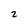
Character: 2